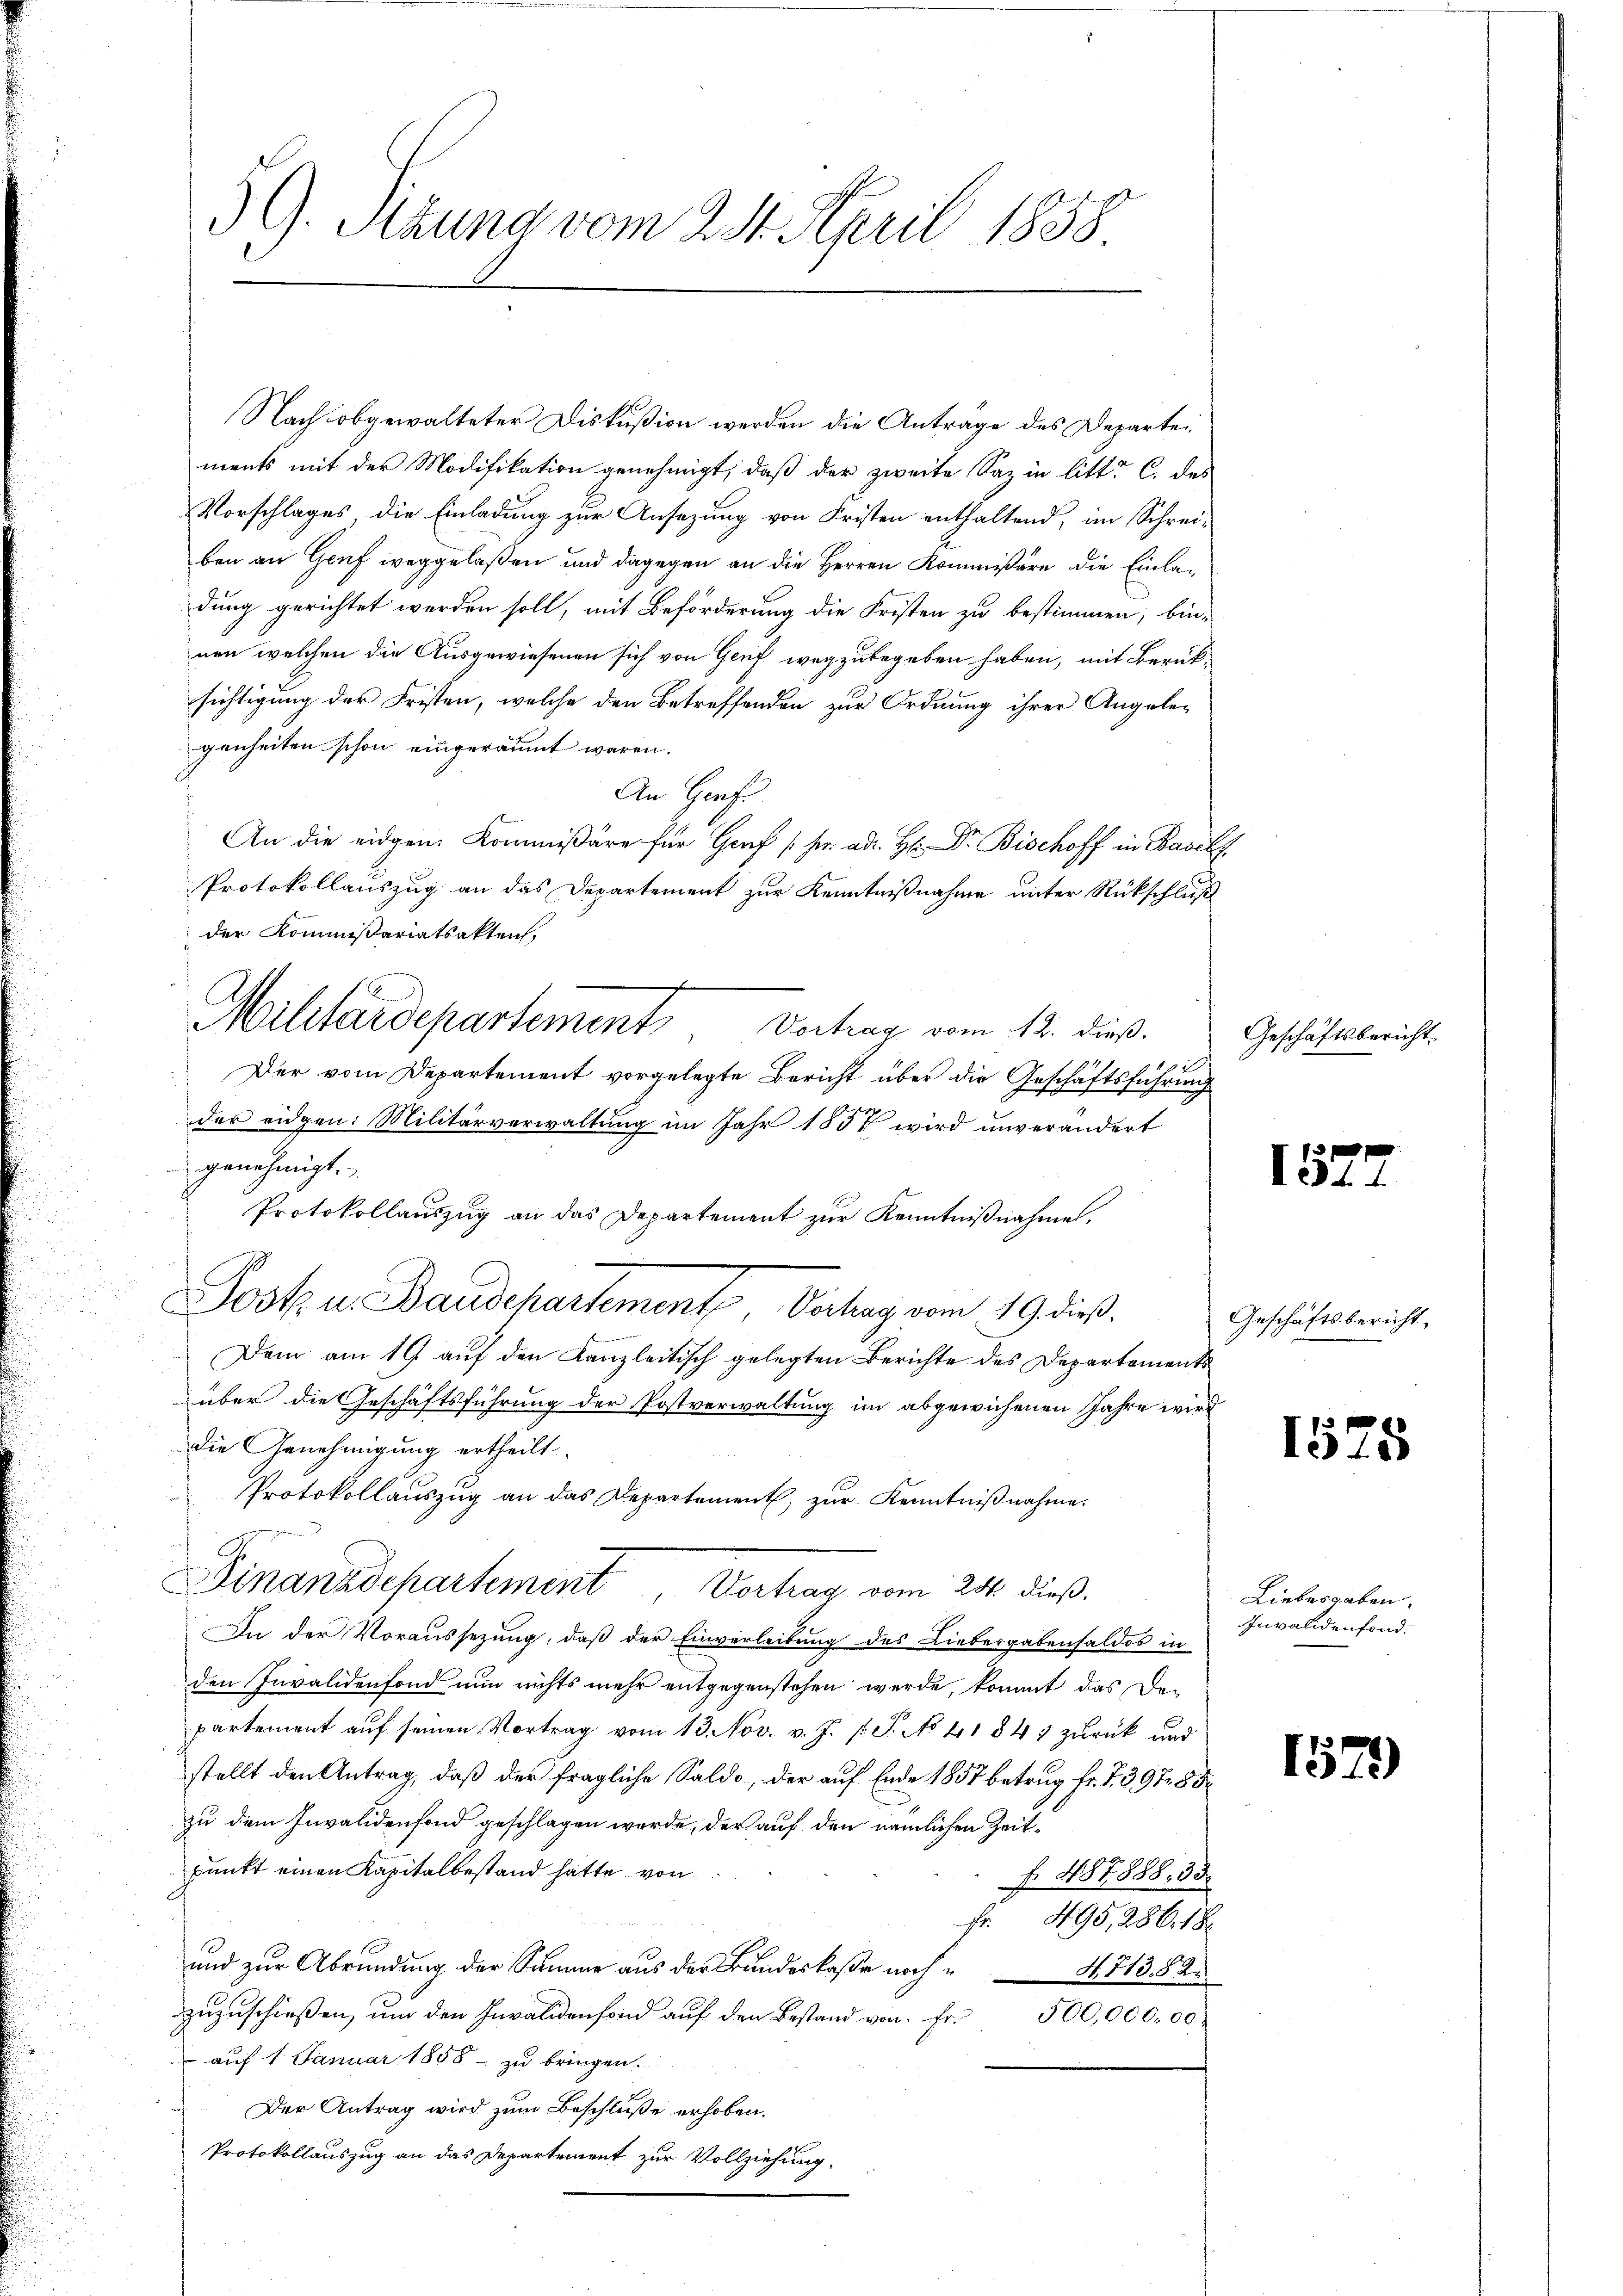
Nach obgewalteter Diskußion werden die Anträge des Departei
ments mit der Modifikation genehmigt, daß der zweite Saz in litt. C. des
Vorschlages die Einladung zur Ansezung von Fristen enthaltend, im Schreiben an Genf weggelaßen und dagegen an die Herren Kommißäre die Einladung gerichtet werden soll, mit Beförderung die Fristen zu bestimmen, bin-
nen welchen die Ausgewiesenen sich von Genf wegzubegeben haben, mit Berük-
sichtigung der Fristen, welche den Betreffenden zur Ordnung ihrer Angele-
genheiten schon eingeräumt waren.
An Genf
An die eidgen. Kommissäre für Genf fr. ad. Hr. Dr. Bischoff in Basels
Protokollauszug an das Departement zur Kenntnißnahme unter Rückschluß
der Kommißariatsakten,
Militärdepartement, Vortrag vom 12. dieß. Geschäftsbericht
Der vom Departement vorgelegte Bericht über die Geschäftsführung
der eidgen. Militärverwaltung im Jahr 1857 wird unverändert
genehmigt.
Protokollauszug an das Departement zur Kenntnißnahme,
Jost u. Bandchartement Verhang vom 19. dieß.
Dem am 19 auf den Kanzleitisch gelegten Berichte des Departements
über die Geschäftsführung der Postverwaltung im abgewichenen Jahre wird
die Genehmigung ertheilt.
Protokollauszug an das Departement, zur Kenntnißnahme.
Finanzdepartement Vertrag vom 24. dieß.
In der Voraussezung, daß der Einverleibung des Liebergabensaldos in
den Invalidenfond nun nichts mehr entgegenstehen werde, kommt das Den
partement auf seinen Vortrag vom 13. Nov. v. J. l. J. No 111 847 zurück und
stellt den Antrag, daß der fragliche Saldo, der auf Ende 1857 betrug fr. 7397. 85.
zu dem Invalidenfond geschlagen werde, der auf den nämlichen Zeitpunkt einen Kapitalbestand hätte von
f. 487888, 33
Fr. 495, 286, 18
und zur Abrundung der Summe aus der Bundeskaße noch¬
N. 713. 82.
zuzuschießen, um den Invalidenfond auf den Bestand von Fr.
500,000,00
 auf 1 Januar 1858 - zu bringen.
Der Antrag wird zum Beschluße erhoben.
Protokollauszug an das Departement zur Vollziehung

39. Sitzung vom 28. April 1838

1527

Geschäftsbericht,

1525

Liebesgaben.
Invalidenfond.

1579)